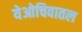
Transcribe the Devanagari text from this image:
येओचिवातल